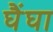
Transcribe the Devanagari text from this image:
घैंघा